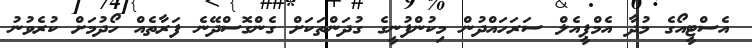
އެސްޓީއޯގެ މުދާ އެމްޕީއެލް ސަރަހައްދުން މިކުންފުނީގެ ގުދަންތަކަށް ގެންގޮސްދޭނެ ފަރާތެއް ހޯދުމަށް ކުރެވުނު